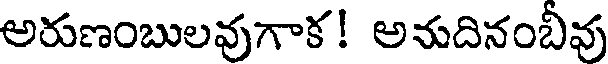
అరుణంబులవుగాక! అనుదినంబీవు